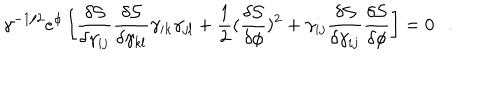
LaTeX: \gamma ^ { - 1 / 2 } e ^ { \phi } \left[ \frac { \delta \mathcal { S } } { \delta \gamma _ { i j } } \frac { \delta \mathcal { S } } { \delta \gamma _ { k l } } \gamma _ { i k } \gamma _ { j l } + \frac { 1 } { 2 } ( \frac { \delta \mathcal { S } } { \delta \phi } ) ^ { 2 } + \gamma _ { i j } \frac { \delta \mathcal { S } } { \delta \gamma _ { i j } } \frac { \delta \mathcal { S } } { \delta \phi } \right] = 0 .